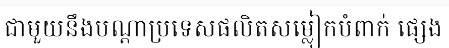
ជាមួយនឹងបណ្តាប្រទេសផលិតសម្លៀកបំពាក់ ផ្សេង